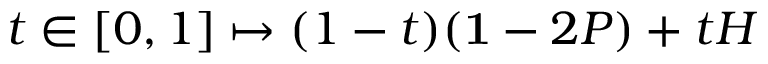
t \in [ 0 , 1 ] \mapsto ( 1 - t ) ( { \bf 1 } - 2 P ) + t H